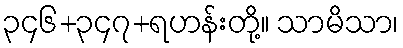
၃၄၆+၃၄၇+ရဟန်းတို့။ သာမိသာ၊